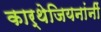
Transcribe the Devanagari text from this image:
कार्थेजियनांनीं